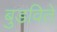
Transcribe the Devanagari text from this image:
बुडविते